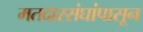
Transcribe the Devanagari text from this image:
मतदारसंघांपासून